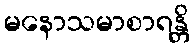
မနောသမာစာရန္တိ